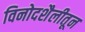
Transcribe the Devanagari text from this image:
विनोदशैलीतून